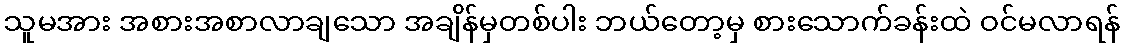
သူမအား အစားအစာလာချသော အချိန်မှတစ်ပါး ဘယ်တော့မှ စားသောက်ခန်းထဲ ဝင်မလာရန်